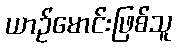
ယာဉ်မောင်းဖြစ်သူ